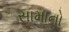
સામાનો